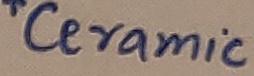
Text: *Ceramic